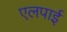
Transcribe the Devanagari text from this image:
एलपाईं